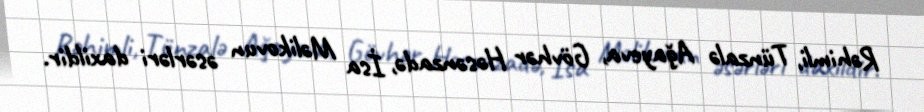
Rəhimli, Tünzalə Ağayeva, Gövhər Həsənzadə, İsa Məlikovun əsərləri daxildir.